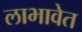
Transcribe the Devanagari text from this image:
लाभावेत